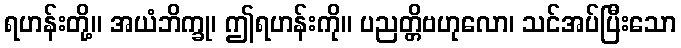
ရဟန်းတို့။ အယံဘိက္ခု၊ ဤရဟန်းကို။ ပညတ္တိဗဟုလော၊ သင်အပ်ပြီးသော